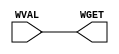
module BypassWire(WGET, WVAL);

   
   parameter width = 1;
            
   input [width - 1 : 0]    WVAL;

   output [width - 1 : 0]   WGET;

   assign WGET = WVAL;

endmodule